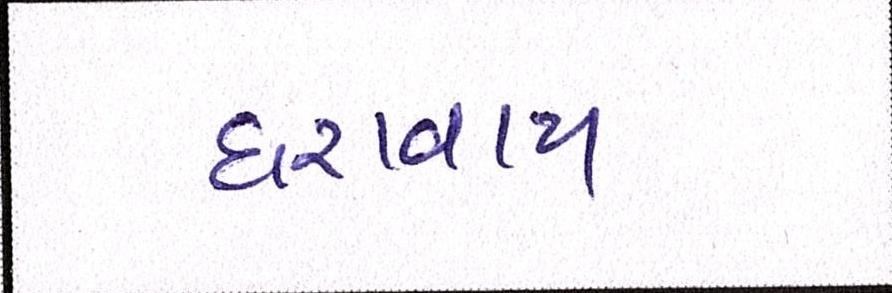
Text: ધરાવાય